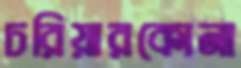
চরিয়ারকোনা